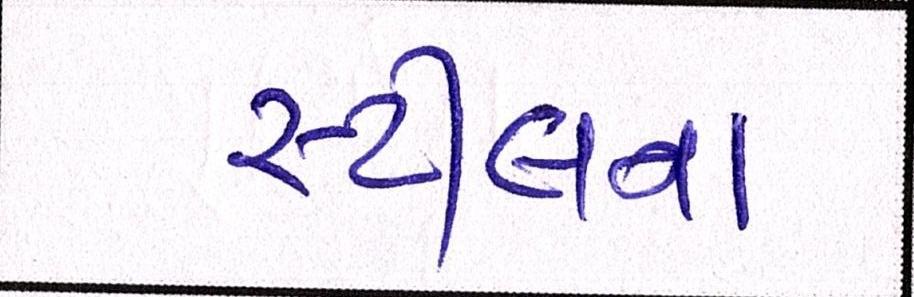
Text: સ્ટીલના